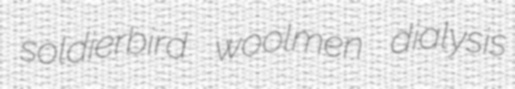
soldierbird woolmen dialysis